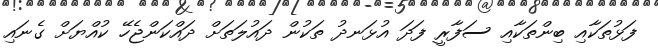
ފަޅުތަކާއި ބިންތަކާއި ސަފާރީ ފަދަ އުޅަނދު ތަކުން ދައުލަތަށް ދައްކަންޖެހޭ ކުއްޔަށް ގެނައި